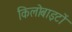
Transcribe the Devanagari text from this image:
किलोबाइटों